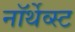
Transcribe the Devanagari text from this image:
नॉर्थेव्स्ट